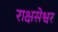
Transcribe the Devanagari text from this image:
राक्षसेश्वर